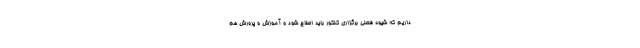
داریم که شیوه فعلی برگزاری کنکور باید اصلاح شود و آموزش و پرورش هم